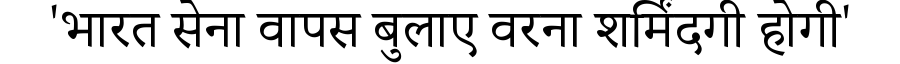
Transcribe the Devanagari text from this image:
'भारत सेना वापस बुलाए वरना शर्मिंदगी होगी'